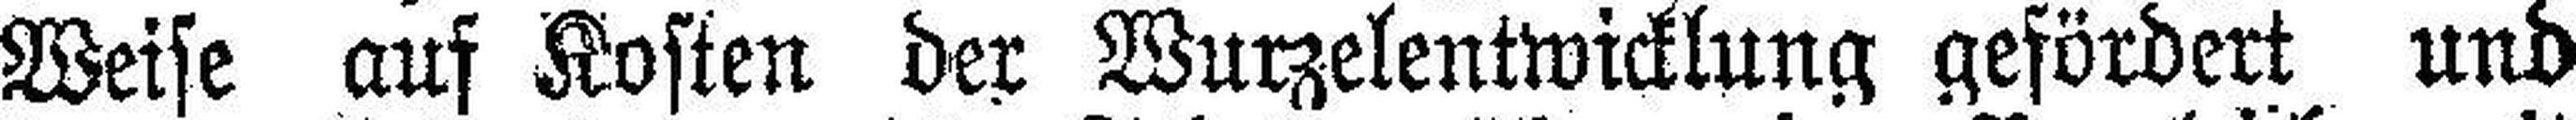
Weise auf Kosten der Wurzelentwicklung gefördert und